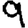
Digit: 9